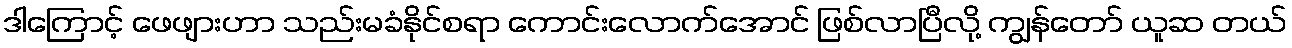
ဒါကြောင့် ဖေဖျားဟာ သည်းမခံနိုင်စရာ ကောင်းလောက်အောင် ဖြစ်လာပြီလို့ ကျွန်တော် ယူဆ တယ်